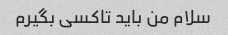
سلام من باید تاکسی بگیرم